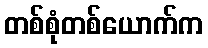
တစ်စုံတစ်ယောက်က